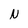
Character: N